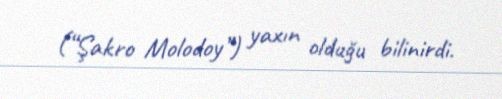
(“Şakro Molodoy”) yaxın olduğu bilinirdi.